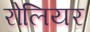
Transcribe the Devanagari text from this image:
रोलियर